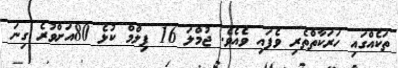
ތަކެއްގައި ހަރަކާތްތެރި ވެފައި ވެއެވެ. ޖުމްލަ 16 ފިލްމް ކުޅެ 80އަށްވުރެ ގިނަ